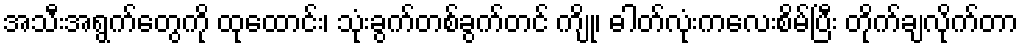
အသီးအရွက်တွေကို ထုထောင်း၊ သုံးခွက်တစ်ခွက်တင် ကျို၊ ဓါတ်လုံးကလေးစိမ်ပြီး တိုက်ချလိုက်တာ